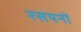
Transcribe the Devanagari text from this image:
रसयनों